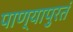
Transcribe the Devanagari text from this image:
पाण्यापुरतं